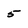
Character: 5